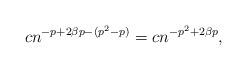
LaTeX: \begin{align*}cn^{-p+2\beta p - (p^{2}-p)} = cn^{-p^{2}+2\beta p},\end{align*}